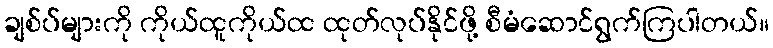
ချစ်ပ်များကို ကိုယ်ထူကိုယ်ထ ထုတ်လုပ်နိုင်ဖို့ စီမံဆောင်ရွက်ကြပါတယ်။